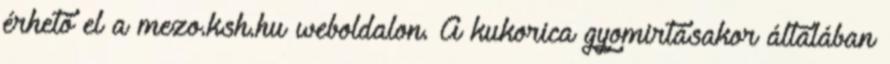
érhető el a mezo.ksh.hu weboldalon. A kukorica gyomirtásakor általában